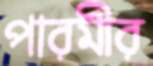
পারমীর